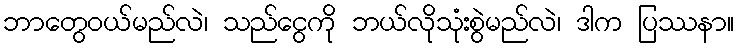
ဘာတွေဝယ်မည်လဲ၊ သည်ငွေကို ဘယ်လိုသုံးစွဲမည်လဲ၊ ဒါက ပြဿနာ။